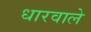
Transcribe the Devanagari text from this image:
धारवाले